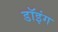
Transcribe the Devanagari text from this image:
डॉइंग